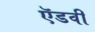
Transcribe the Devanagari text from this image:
ऍडवी